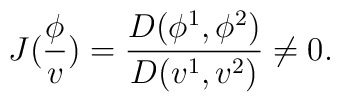
J(\frac \phi v)=\frac{D(\phi ^1,\phi ^2)}{D(v^1,v^2)}\neq 0.